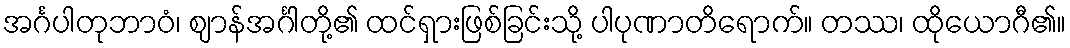
အင်္ဂပါတုဘာဝံ၊ ဈာန်အင်္ဂါတို့၏ ထင်ရှားဖြစ်ခြင်းသို့ ပါပုဏာတိရောက်။ တဿ၊ ထိုယောဂီ၏။